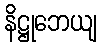
နိဋ္ဌုဘေယျ